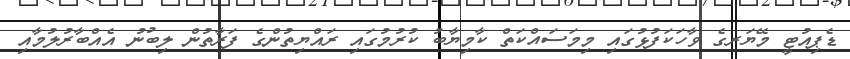
ޑެޕިއުޓީ މޭޔަރގެ ވާހަކަފުޅުގައި މިމަސައްކަތް ކާމިޔާބު ކުރުމުގައި ރައްޔިތުންގެ ފަރާތުން ލިބުނު އެއްބާރުލުމާއި